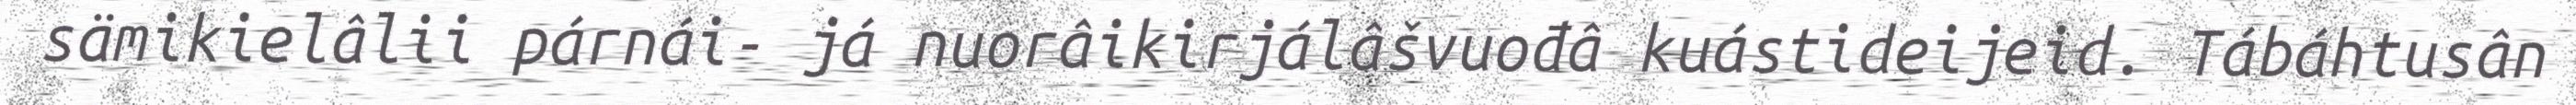
sämikielâlii párnái- já nuorâikirjálâšvuođâ kuástideijeid. Tábáhtusân